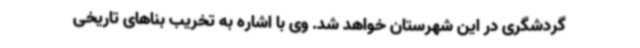
گردشگری در این شهرستان خواهد شد. وی با اشاره به تخریب بناهای تاریخی